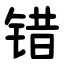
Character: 错